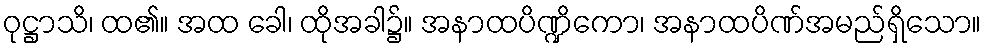
ဝုဋ္ဌာသိ၊ ထ၏။ အထ ခေါ၊ ထိုအခါ၌။ အနာထပိဏ္ဍိကော၊ အနာထပိဏ်အမည်ရှိသော။